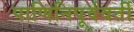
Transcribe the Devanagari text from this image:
पाणिनिपूर्ववर्ती